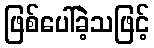
ဖြစ်ပေါ်ခဲ့သဖြင့်